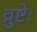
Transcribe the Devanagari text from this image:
व्रुष्टेः